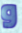
و